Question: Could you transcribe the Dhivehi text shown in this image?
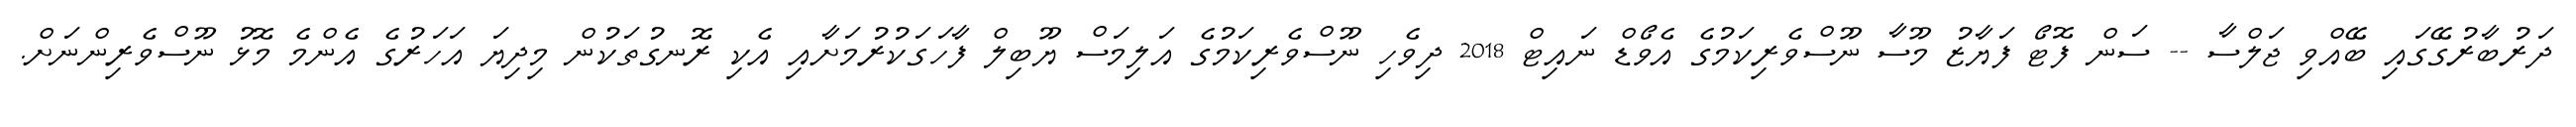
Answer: ދަރުބާރުގޭގައި ބޭއްވި ޖަލްސާ -- ސަން ފޮޓޯ ފަޔާޒު މޫސާ ނޫސްވެރިކަމުގެ އެވޯޑް ނައިޓް 2018 ދިވެހި ނޫސްވެރިކަމުގެ އަލިމަސް ޔޫބިލް ފާހަގަކުރުމަށާއި އެކި ރޮނގުތަކުން މިދިޔަ އަހަރުގެ އެންމެ މޮޅު ނޫސްވެރިންނަށް.